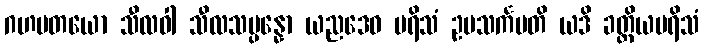
ဂဟပတယော သီလဝါ သီလသမ္ပန္နော ယညဒေဝ ပရိသံ ဥပသင်္ကမတိ ယဒိ ခတ္တိယပရိသံ